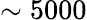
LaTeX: \sim 5000